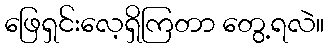
ဖြေရှင်းလေ့ရှိကြတာ တွေ့ရလဲ။